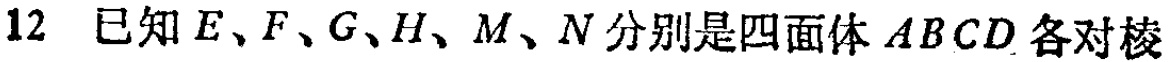
12 已知\(E、F、G、H、M、N\)分别是四面体\(ABCD\)各对棱